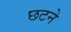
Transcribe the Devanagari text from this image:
छटने